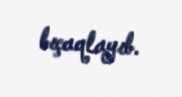
bıçaqlayıb.